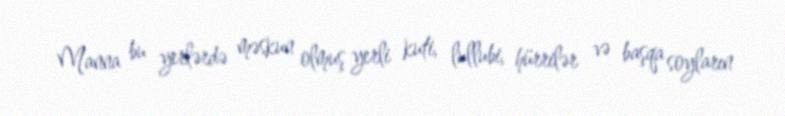
Manna bu yerlərdə məskun olmuş yerli kuti, lullubi, hürrilər və başqa soyların